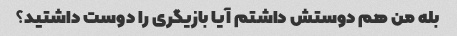
بله من هم دوستش داشتم آیا بازیگری را دوست داشتید؟